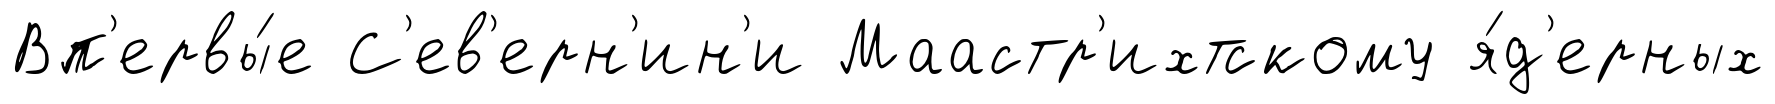
Вп'ервы́е С'ев'ерн'ин'и Маастр'ихтскому я́д'ерных